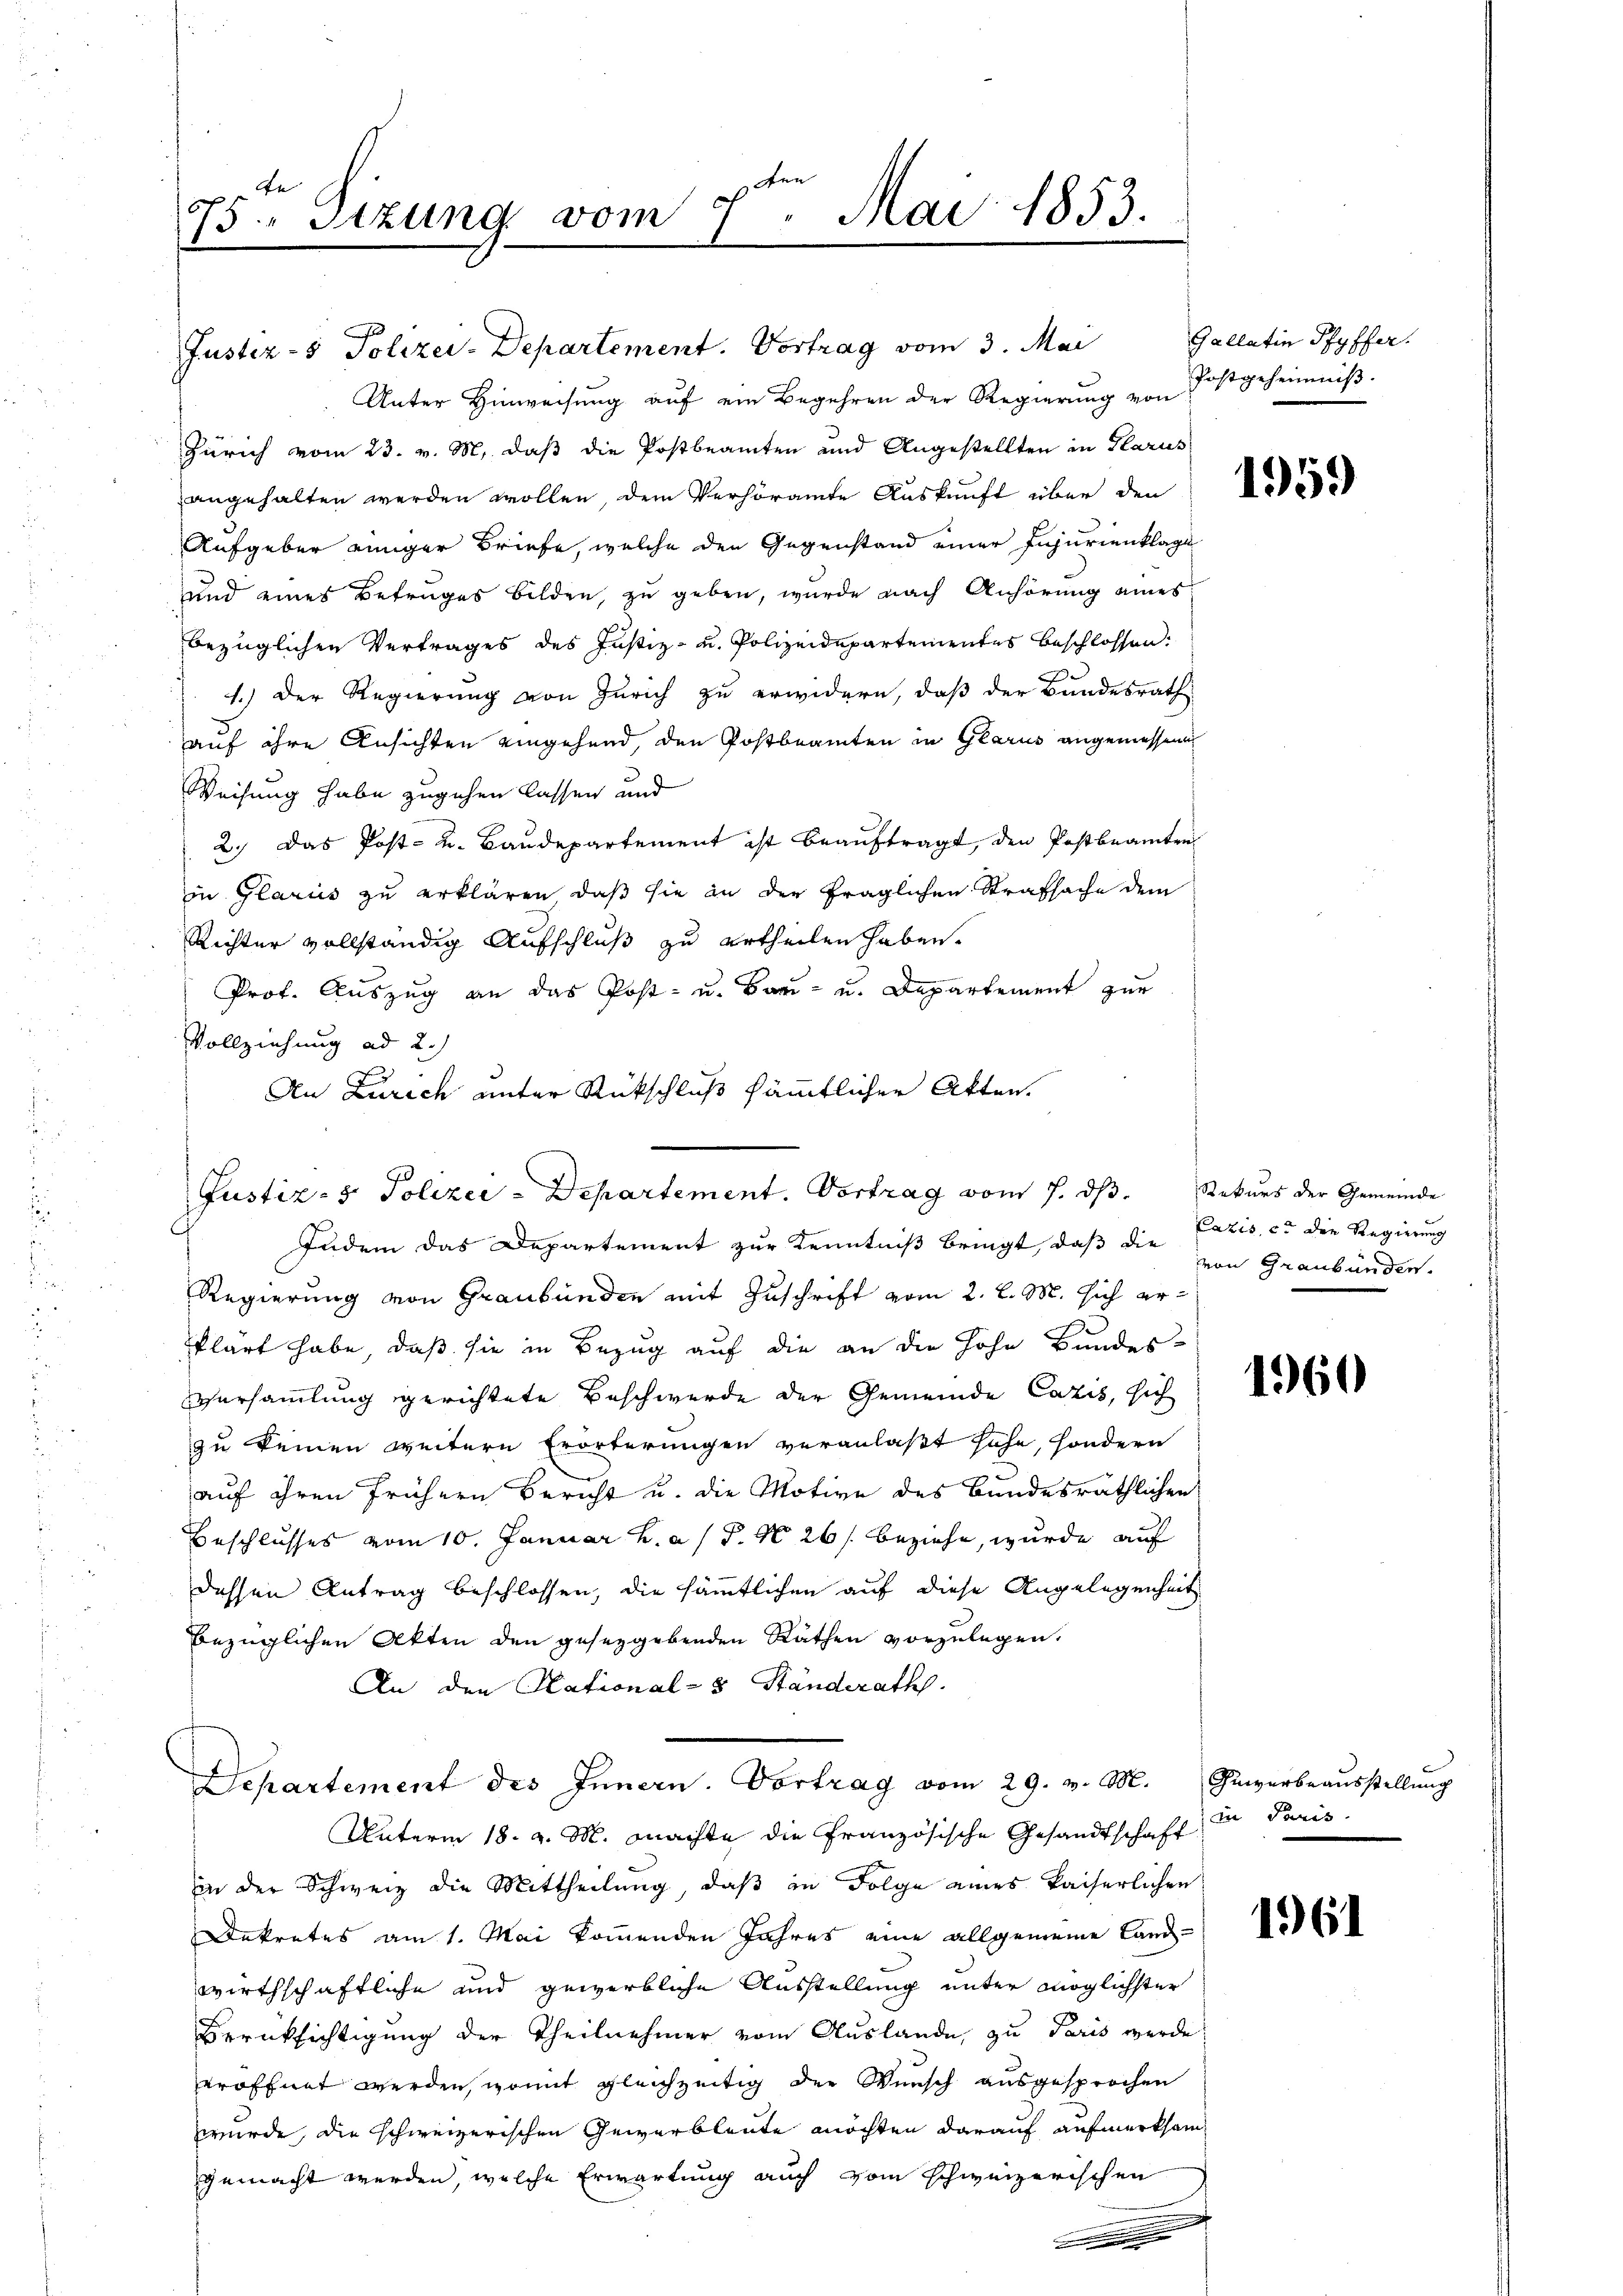
Ae
B.Stzung vom 7. Mai 1853.

Justiz- & Polizei-Departement. Vortrag vom 3. Mai
Unter Hinweisung auf ein Begehren der Regierung von
Zürich vom 23. v. M. daß die Postbeamten und Angestellten in Glarus
angehalten werden wollen, dem Verhöramte Auskunft über den
Aufgeber einiger Briefe, welche den Gegenstand einer Injurienklage
und eines Betrages bilden, zu geben, wurde nach Anhörung eines
bezüglichen Vertrages des Justiz- u. Polizeidepartementes beschlossen:
1.) Der Regierung von Zürich zu erwidern, daß der Bundesrath
auf ihre Ansichten eingehend, den Postbeamten in Glarus angemessen
Weisung habe zugehen lassen und
2.) Das Post- u. Baudepartement ist beauftragt, den Postbeamten
in Glarus zu erklären, daß sie in der fraglichen Strafsache dem
Richter vollständig Aufschluß zu urtheilen haben.
Prof. Auszug an das Post- u. Bau- u. Departement zur
Vollziehung ad 2.)
An Zürich unter Rückschluß sämmtlicher Akten.

Justiz- & Polizei - Departement. Vortrag vom 7. ds.

Judem das Departement zur Kenntniß bringt, daß die von Graubünden.
Regierung von Graubünden mit Zuschrift vom 2. l. M. sich erklärt habe, daß sie in Bezug auf die an die hohe Bundes-
Versammlung gerichtete Beschwerde der Gemeinde Cazis, sich
zu keinen weitern Erörterungen veranlaßt höhe, sondern
auf ihren frühern Bericht u. die Motive des Bundesräthlichen
Beschlusses vom 10. Januar h. a s P. No 26/ beziehe, wurde auf
dessen Antrag beschlossen, die sämmtlichen auf diese Angelegenheit
bezüglichen Akten den gesezgebenden Räthen vorzulegen.
An den Stational-8 Ständerath.
Departement des Innern. Vortrag vom 29. v. M. Gewerbeaŭsstellŭng
Unterm 18. v. M. machte die Französische Gesandtschaft
in der Schweiz die Mittheilung, daß in Folge eines kaiserlichen
Dekretes am 1. Mai kommenden Jahres eine allgemeine Land-
wirthschaftliche und gewerbliche Ausstellung unter möglichster
Berüksichtigung der Theilnehmer vom Auslande, zu Paris werde
eröffnet werden, womit gleichzeitig der Wunsch ausgesprochen
wurde, die schweizerischen Gewerbleute möchten darauf aufmerksam
gemacht werden, welche Erwartung auch vom schweizerischen

.

Gallatin Pfyffer.
Postgeheimniß.

1959

Rekurs der Gemeinde
Paris, ce die Regierung

1960

in Paris

1961